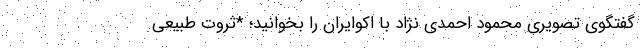
گفتگوی تصویری محمود احمدی نژاد با اکوایران را بخوانید؛ *ثروت طبیعی